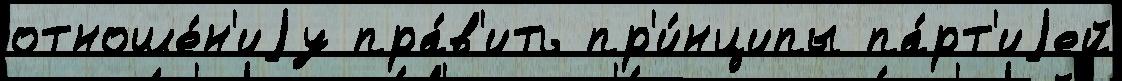
отноше́н'иjу пра́в'ить пр'и́нципы па́рт'иjей